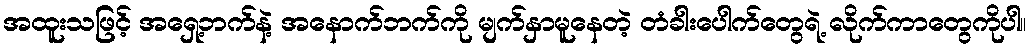
အထူးသဖြင့် အရှေ့ဘက်နဲ့ အနောက်ဘက်ကို မျက်နှာမူနေတဲ့ တံခါးပေါက်တွေရဲ့ လိုက်ကာတွေကိုပါ။